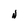
Character: N